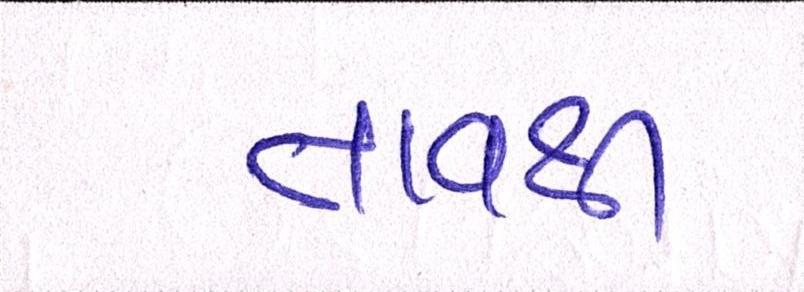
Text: તાવથી